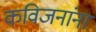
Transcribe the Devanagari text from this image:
कविजनांना